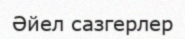
Әйел сазгерлер